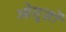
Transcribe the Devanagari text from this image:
ओग़ुज़ों